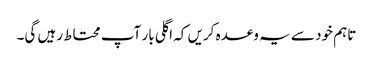
تاہم خود سے یہ وعدہ کریں کہ اگلی بار آپ محتاط رہیں گی۔